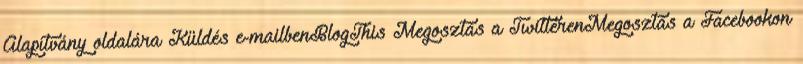
Alapítvány oldalára Küldés e-mailbenBlogThis Megosztás a TwitterenMegosztás a Facebookon